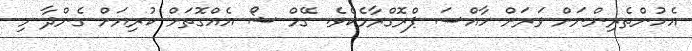
އެހުންތެރިންނަށް ވަރަށް ހާއްސަ ޕްރޮގްރާމެކެވެ. ގޭމް ޝޯ އެއްގޮތަށް ކުރިޔަށް ގެންދާ މި